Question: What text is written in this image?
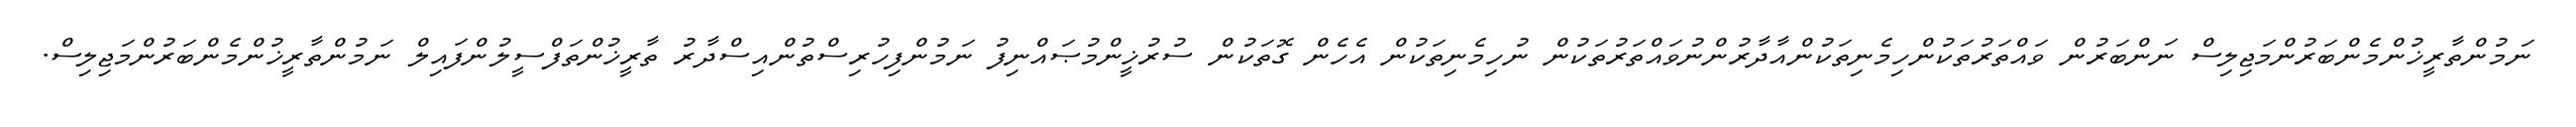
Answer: ނަމުންތާރީޚުންމެންބަރުންމަޖިލިސް ނަންބަރުން ވައްތަރުތަކުންހިމެނިތަކުންއާދާރުންނުވައްތަރުތަކުން ނުހިމެނިތަކުން އެހެން ގޮތަކުން ސުރުޚީންމުޞައްނިފު ނަމުންފިހުރިސްތުންއިސްދާރު ތާރީޚުންތަފްސީލުންފައިލް ނަމުންތާރީޚުންމެންބަރުންމަޖިލިސް.